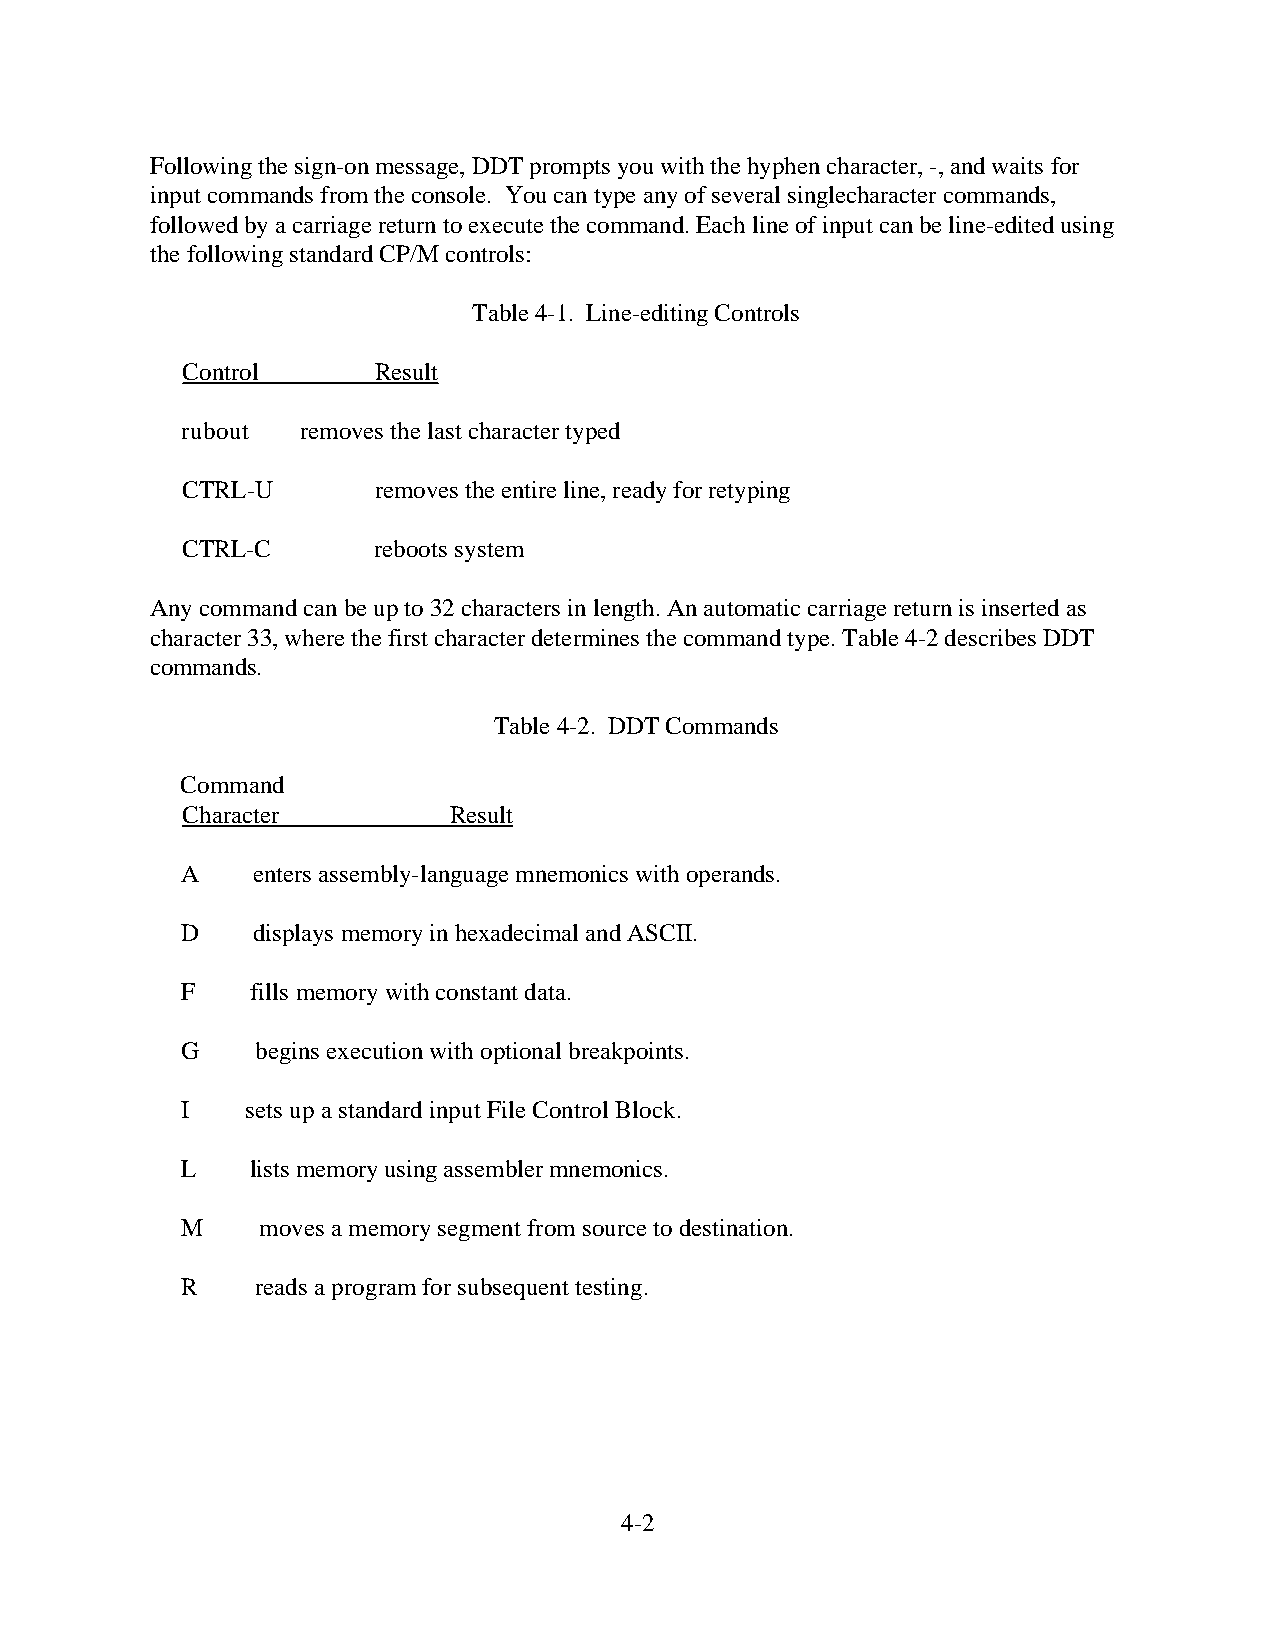
Following the sign-on message, DDT prompts you with the hyphen character, -, and waits for
 input commands from the console. You can type any of several singlecharacter commands,
 followed by a carriage return to execute the command. Each line of input can be line-edited using
 the following standard CP/M controls:
 Table 4-1. Line-editing Controls
 Control      Result
 rubout  removes the last character typed
 CTRL-U       removes the entire line, ready for retyping
 CTRL-C       reboots system
 Any command can be up to 32 characters in length. An automatic carriage return is inserted as
 character 33, where the first character determines the command type. Table 4-2 describes DDT
 commands.
 Table 4-2. DDT Commands
 Command
 Character         Result
 A    enters assembly-language mnemonics with operands.
 D    displays memory in hexadecimal and ASCII.
 F    fills memory with constant data.
 G    begins execution with optional breakpoints.
 I   sets up a standard input File Control Block.
 L    lists memory using assembler mnemonics.
 M    moves a memory segment from source to destination.
 R    reads a program for subsequent testing.
 4-2